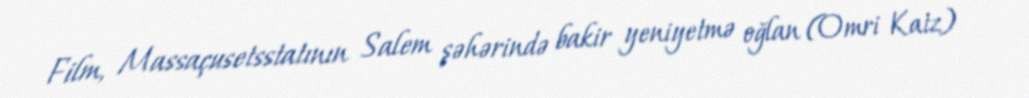
Film, Massaçusetsstatının Salem şəhərində bakir yeniyetmə oğlan (Omri Katz)